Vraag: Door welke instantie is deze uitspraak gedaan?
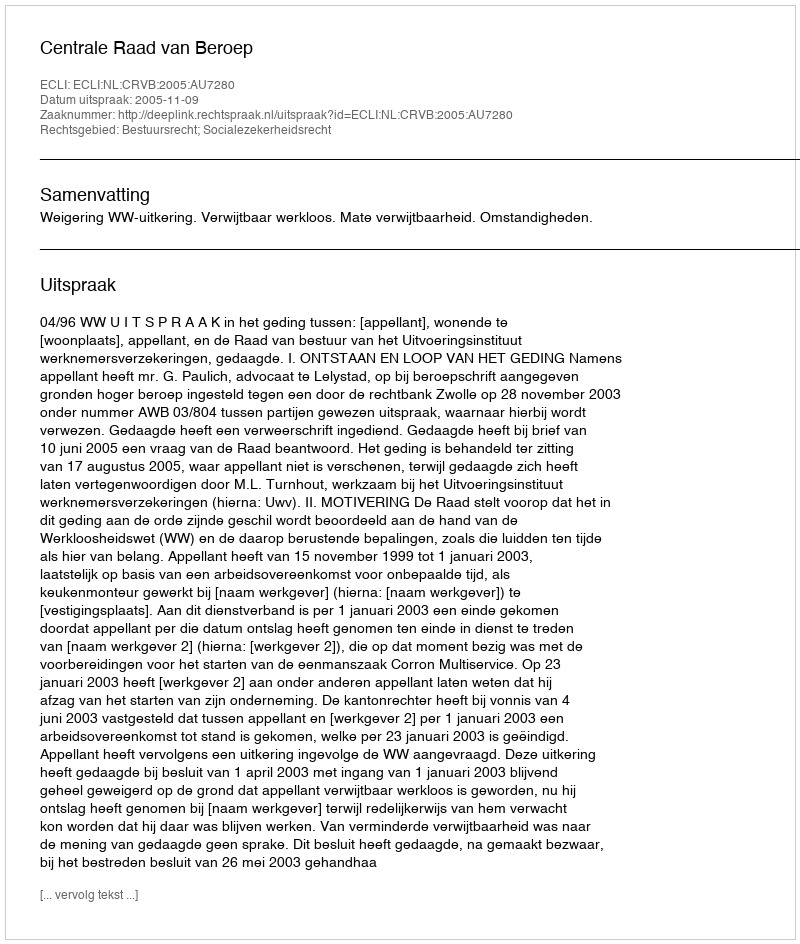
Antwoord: Centrale Raad van Beroep